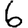
Digit: 6